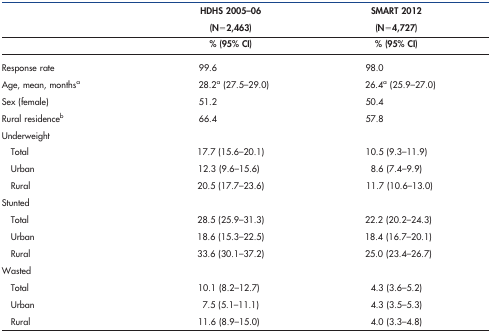
<table><thead><tr><td rowspan="2"></td><td><b>HDHS 2005–06</b></td><td><b>SMART 2012</b></td></tr><tr><td><b>(N = 2,463)</b></td><td><b>(N = 4,727)</b></td></tr><tr><td></td><td><b>% (95% CI)</b></td><td><b>% (95% CI)</b></td></tr></thead><tbody><tr><td>Response rate</td><td>99.6</td><td>98.0</td></tr><tr><td>Age, mean, monthsa</td><td>28.2a (27.5–29.0)</td><td>26.4a (25.9–27.0)</td></tr><tr><td>Sex (female)</td><td>51.2</td><td>50.4</td></tr><tr><td>Rural residenceb</td><td>66.4</td><td>57.8</td></tr><tr><td>Underweight</td><td></td><td></td></tr><tr><td> Total</td><td>17.7 (15.6–20.1)</td><td>10.5 (9.3–11.9)</td></tr><tr><td> Urban</td><td>12.3 (9.6–15.6)</td><td>8.6 (7.4–9.9)</td></tr><tr><td> Rural</td><td>20.5 (17.7–23.6)</td><td>11.7 (10.6–13.0)</td></tr><tr><td>Stunted</td><td></td><td></td></tr><tr><td> Total</td><td>28.5 (25.9–31.3)</td><td>22.2 (20.2–24.3)</td></tr><tr><td> Urban</td><td>18.6 (15.3–22.5)</td><td>18.4 (16.7–20.1)</td></tr><tr><td> Rural</td><td>33.6 (30.1–37.2)</td><td>25.0 (23.4–26.7)</td></tr><tr><td>Wasted</td><td></td><td></td></tr><tr><td> Total</td><td>10.1 (8.2–12.7)</td><td>4.3 (3.6–5.2)</td></tr><tr><td> Urban</td><td>7.5 (5.1–11.1)</td><td>4.3 (3.5–5.3)</td></tr><tr><td> Rural</td><td>11.6 (8.9–15.0)</td><td>4.0 (3.3–4.8)</td></tr></tbody></table>